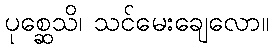
ပုစ္ဆေသိ၊ သင်မေးချေလော။